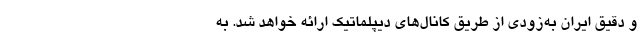
و دقیق ایران به‌زودی از طریق کانال‌های دیپلماتیک ارائه خواهد شد. به